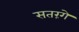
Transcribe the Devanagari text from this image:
सतरंगे